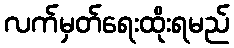
လက်မှတ်ရေးထိုးရမည်